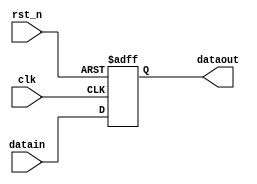
module delay(datain,dataout,clk,rst_n);
input clk, rst_n;
input datain;
output dataout;
reg dataout;
always @(posedge clk or negedge rst_n)
begin
if(!rst_n)
	begin
		dataout <= 0;
	end
else dataout <= datain;
end
endmodule